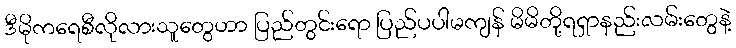
ဒီမိုကရေစီလိုလားသူတွေဟာ ပြည်တွင်းရော ပြည်ပပါမကျန် မိမိတို့ရရှာနည်းလမ်းတွေနဲ့